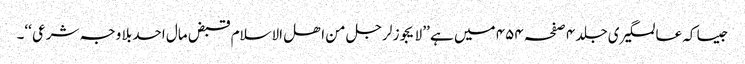
جیسا کہ عالمگیری جلد ۴ صفحہ ۴۵۴ میں ہے ’’ لا یجوز لرجل من اھل الاسلام قبض مال احد بلا وجہ شرعی ‘‘۔